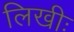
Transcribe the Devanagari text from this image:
लिखीः